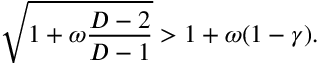
\sqrt { 1 + \omega \frac { D - 2 } { D - 1 } } > 1 + \omega ( 1 - \gamma ) .